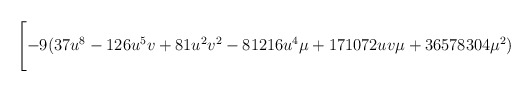
\begin{align*}\Biggl[-9(37u^8 -126u^5 v+81u^2 v^2 -81216u^4 \mu +171072uv\mu + 36578304{\mu}^2 )\end{align*}